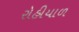
રોહીયાળ